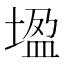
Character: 𡎠